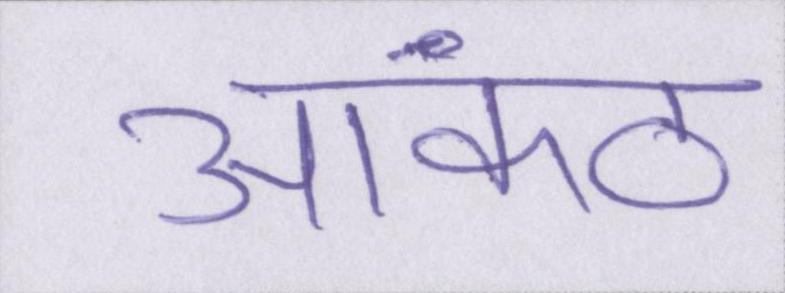
आकंठ